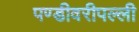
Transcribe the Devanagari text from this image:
पण्डीवरीपल्ली